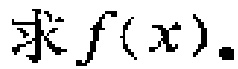
求\(f(x)\)。